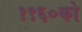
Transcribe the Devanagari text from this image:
१९६०को